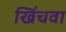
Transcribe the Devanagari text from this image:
खिंचवा